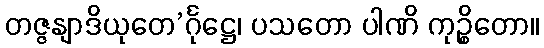
တဇ္ဇနျာဒိယုတေ’င်္ဂုဋ္ဌေ၊ ပသတော ပါဏိ ကုဉ္စိတော။